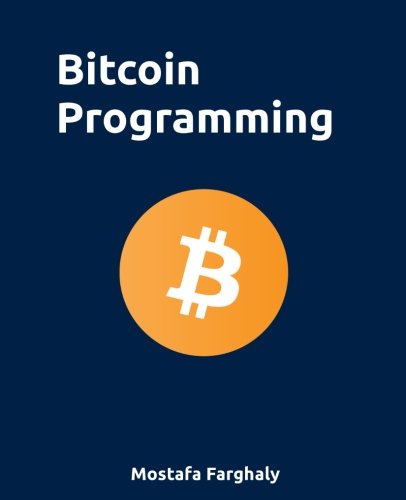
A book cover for Bitcoin Programming; Mostafa Farghaly; Computers & Technology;